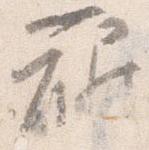
裾